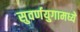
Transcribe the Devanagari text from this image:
सुवर्णयुगामध्ये